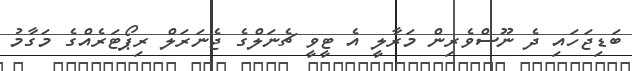
ބަޑިޖަހައި ދެ ނޫސްވެރިން މަރާލީ އެ ޓީވީ ޗެނަލްގެ ޖެނަރަލް ރިިޕޯޓަރެއްގެ މަގާމު